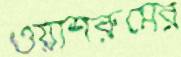
ওয়াশরুমের